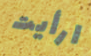
ارأيت